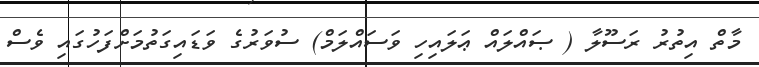
މާތް އިތުރު ރަސޫލާ ( ޞައްލައް ޢަލައިހި ވަސައްލަމް) ސުވަރުގެ ވަޑައިގަތުމަށްފަހުގައި ވެސް